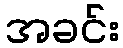
အခင်း